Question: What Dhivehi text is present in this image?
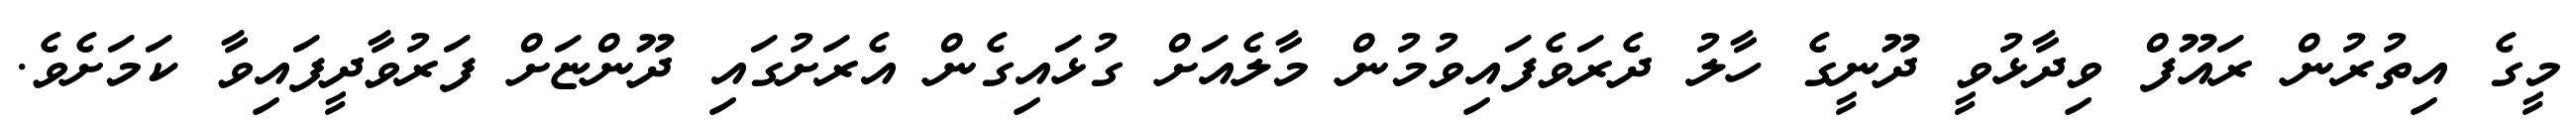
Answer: މީގެ އިތުރުން ރައޫފް ވިދާޅުވީ ދޫނީގެ ހާލު ދެރަވެފައިވުމުން މާލެއަށް ގުޅައިގެން އެރަށުގައި ދޫންޏަށް ފަރުވާދީފައިވާ ކަމަށެވެ.